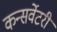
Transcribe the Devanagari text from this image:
कन्सर्वेटरी